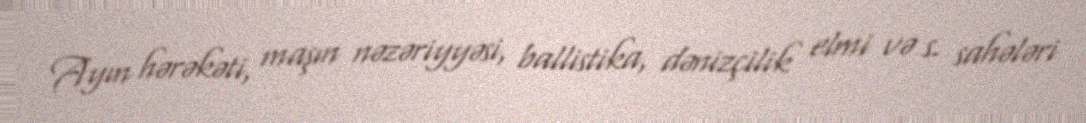
Ayın hərəkəti, maşın nəzəriyyəsi, ballistika, dənizçilik elmi və s. sahələri